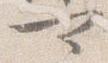
可